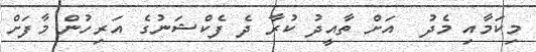
މިކަމާއި މެދު  އަށް ތާއީދު ކުރާ ދެ ފެކްޝަނުގެ އަރިހުން މާފަށް